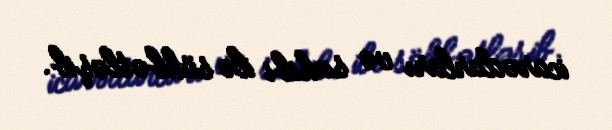
icarədarları və sahibi ilə söhbətləşib.